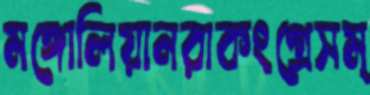
মঙ্গোলিয়ানরাকংগ্রেসম্